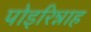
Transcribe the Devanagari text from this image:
पोइरिन्नाह